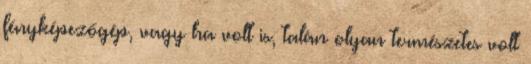
fényképezőgép, vagy ha volt is, talán olyan természetes volt